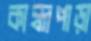
কান্ধাপাড়া